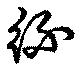
紑